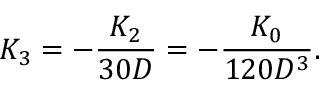
K _ { 3 } = - \frac { K _ { 2 } } { 3 0 D } = - \frac { K _ { 0 } } { 1 2 0 D ^ { 3 } } .